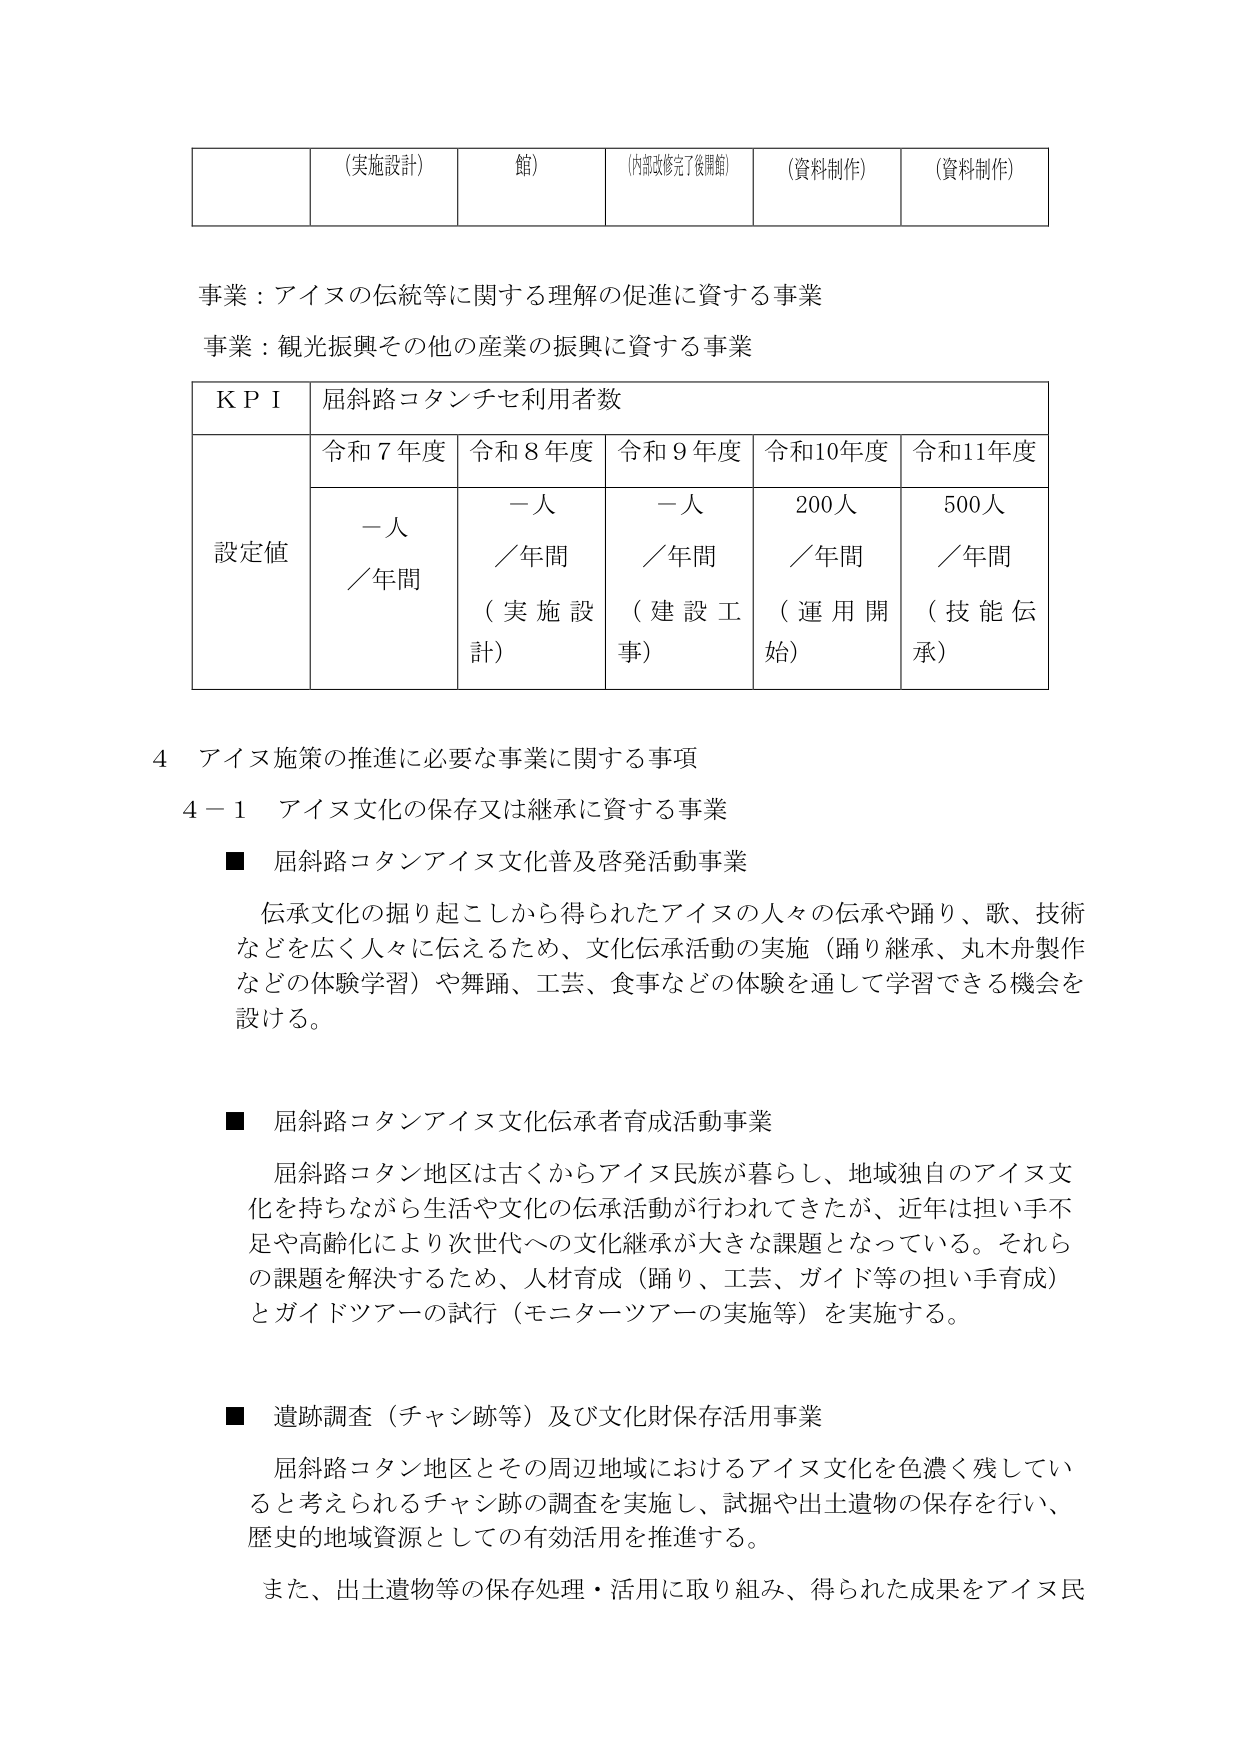
（実施設計）　館）　（内部改修完了後開館）　（資料制作）　（資料制作）

事業：アイヌの伝統等に関する理解の促進に資する事業
事業：観光振興その他の産業の振興に資する事業

ＫＰＩ　屈斜路コタンチセ利用者数
　　　令和７年度　令和８年度　令和９年度　令和10年度　令和11年度
設定値　一人／年間　一人／年間（実施設計）　一人／年間（建設工事）　200人／年間（運用開始）　500人／年間（技能伝承）

４　アイヌ施策の推進に必要な事業に関する事項
　４－１　アイヌ文化の保存又は継承に資する事業

■　屈斜路コタンアイヌ文化普及啓発活動事業
　　伝承文化の掘り起こしから得られたアイヌの人々の伝承や踊り、歌、技術などを広く人々に伝えるため、文化伝承活動の実施（踊り継承、丸木舟製作などの体験学習）や舞踊、工芸、食事などの体験を通して学習できる機会を設ける。

■　屈斜路コタンアイヌ文化伝承者育成活動事業
　　屈斜路コタン地区は古くからアイヌ民族が暮らし、地域独自のアイヌ文化を持ちながら生活や文化の伝承活動が行われてきたが、近年は担い手不足や高齢化により次世代への文化継承が大きな課題となっている。それらの課題を解決するため、人材育成（踊り、工芸、ガイド等の担い手育成）とガイドツアーの試行（モニターツアーの実施等）を実施する。

■　遺跡調査（チャン跡等）及び文化財保存活用事業
　　屈斜路コタン地区とその周辺地域におけるアイヌ文化を色濃く残していると考えられるチャン跡の調査を実施し、試掘や出土遺物の保存を行い、歴史的地域資源としての有効活用を推進する。
　　また、出土遺物等の保存処理・活用に取り組み、得られた成果をアイヌ民